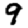
Digit: 9